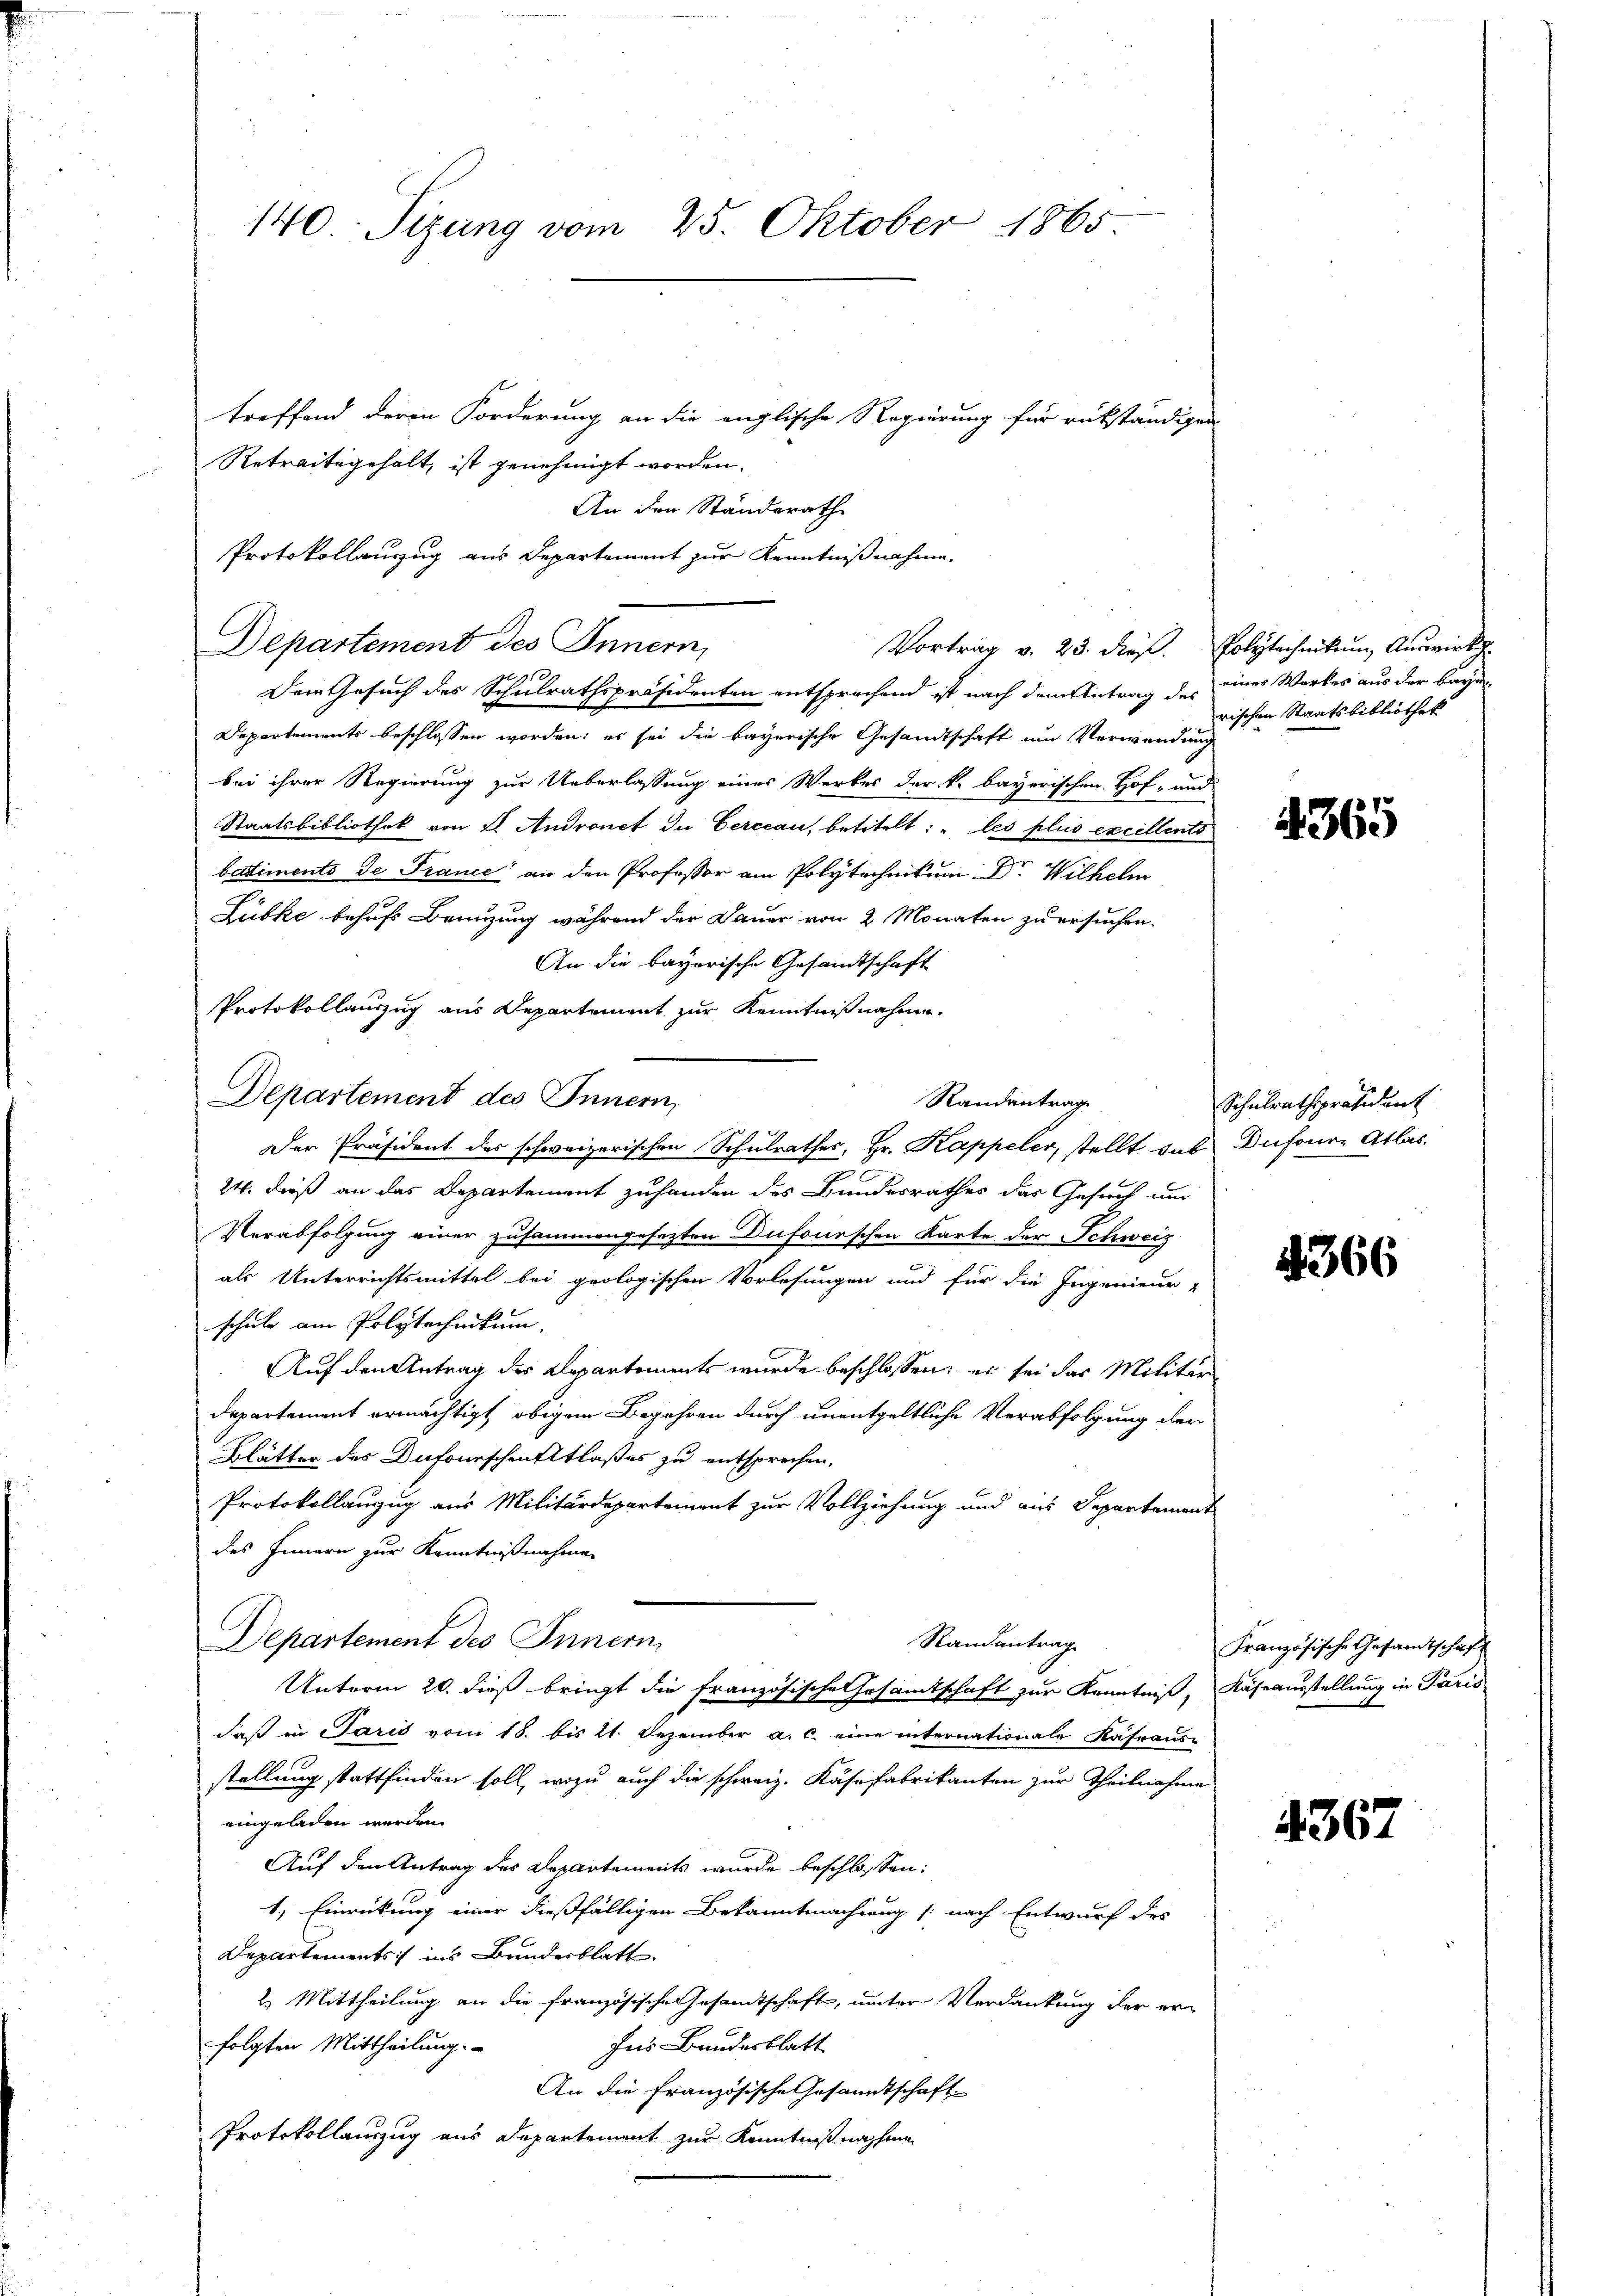
140. Sizung vom 25. Oktober 1865

treffend deren Forderung an die englische Regierung für rükständigen
Retraitgehalt, ist genehmigt worden.

An den Standerath
Protokollauszug aus Departement zur Kenntnißnahme.
Departement des Innern,
916
Dein Gesuch des Schulrathspräsidenten entsprechend ist nach dem Antrag des eines Werkes aus der Baye
Departements beschlossen worden; er sei die bayerische Gesandtschaft um Verwendung
bei ihrer Regierung zur Ueberlassung eines Werkes der k. bayerischen Hof- und
Staatsbibliothek von 2. Andronet du Cercean, betitelt: „les plus excellents
batiments de France an den Professor am Polytechnikum Dr. Wilhelm
Lübke behufs Brünzung während der Dauer von 2 Monaten zu ersuchen.
An die bayerische Gesamtschaft
Protokollauszug aus Departement zur Kenntnißnahme.
Departement des Innern
Randantrag.
Der Präsident des schweizerischen Schulrathes, Hr. Kappeler, stellt das Dufoure Atlas¬
24. daß an das Departement zuhanden des Bundesrathes das Gesuch um
Verabfolgung einer zusammengesezten Dufourschen Karte der Schweiz
als Unterrichtsmittel bei geologischen Vorlesungen und für die Ingenieur-
schule am Polytechnikum.
Auf den Antrag des Repartements wurde beschlossen; er sei das Militär
Departement ermächtigt, obigem Begehren durch unentgeltliche Verabfolgung der
Blätter des Dufonnschenkstlaßes zu entsprechen,
Protokollanzug aus Militärdepartement zur Vollziehung und aus Departement
des Innern zur Kenntnißnahmen
Randantrag
Departement des Innern
Unterm 20. dieß bringt die französische Gesandtschaft zur Kenntniß, Käseausstellung in Paris
daß in Paris vom 18. bis 21. Dezember a. c. eine internationale Käseaus-
stellung stattfinden soll, wozu auch die schweiz. Käsefabrikanten zur Theilnahme
eingeladen werden.
Auf den Antrag des Departements wurde beschlossen:
1.) Einrückung einer dießfälligen Bekanntmachung (nach Entwurf des
Departements ins Bundesblatt.
2. Mittheilung an die französische Gesamtschaft, unter Verdankung der erfür Bundesblatt
folgten Mittheilung.
An die Französische Gesandtschaft
Protokollauszug aus Departement zur Kenntnißnahme

Vortrag v. 23. dieß. Polytechnikum Auswirk

rischen Staatsbibliothek

365

Schulrathspräsident

366

Französische Gesandtschaft

4367